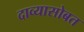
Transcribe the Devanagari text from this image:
दाव्यासोबत